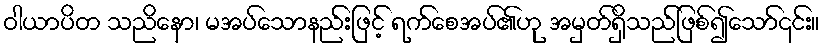
ဝါယာပိတ သညိနော၊ မအပ်သောနည်းဖြင့် ရက်စေအပ်၏ဟု အမှတ်ရှိသည်ဖြစ်၍သော်၎င်း။